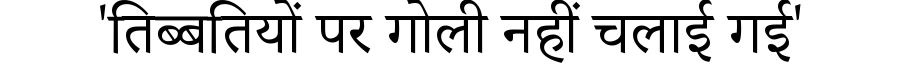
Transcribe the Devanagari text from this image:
'तिब्बतियों पर गोली नहीं चलाई गई'